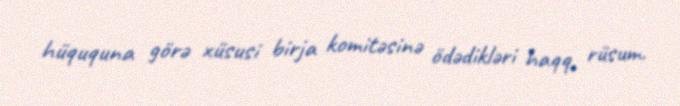
hüququna görə xüsusi birja komitəsinə ödədikləri haqq, rüsum.